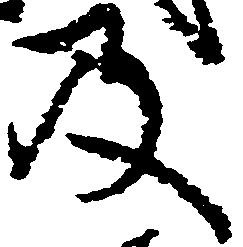
及